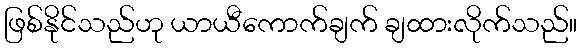
ဖြစ်နိုင်သည်ဟု ယာယီကောက်ချက် ချထားလိုက်သည်။